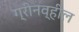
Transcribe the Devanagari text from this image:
ग्रीनव्हील